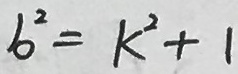
b ^ { 2 } = k ^ { 2 } + 1